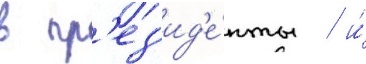
в пр'ез'ид'е́нты / и́